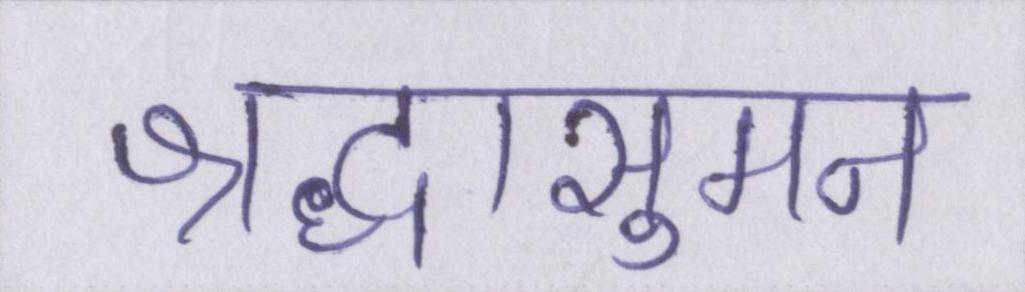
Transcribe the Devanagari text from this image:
श्रद्धासुमन